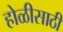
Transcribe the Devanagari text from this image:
होळीसाठी